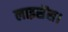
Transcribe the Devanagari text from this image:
लाइसेंस।